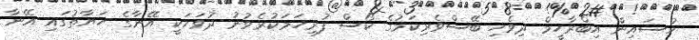
ހުސައިން އިބްރާހީމް ދިވެހި ބޭސްވެރިކަމުގެ ކޯސް ފުރިހަމަކުރެވުނު ދުވަހަކީ އޭނާގެ ހަޔާތުގައި އޭނާ